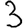
Digit: 3